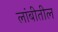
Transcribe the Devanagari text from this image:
लांबीतील